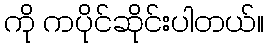
ကို ကပိုင်ဆိုင်းပါတယ်။